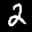
Label: 2